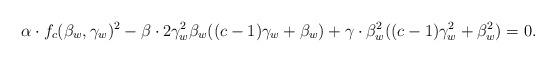
LaTeX: \begin{align*} \alpha \cdot f_c(\beta_w,\gamma_w)^2 - \beta \cdot 2\gamma_w^2\beta_w ((c-1)\gamma_w+\beta_w)+ \gamma \cdot \beta_w^2 ((c-1)\gamma_w^2+\beta_w^2) = 0.\end{align*}